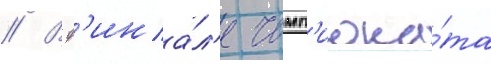
// В ф'ина́л'е чемп'иона́та